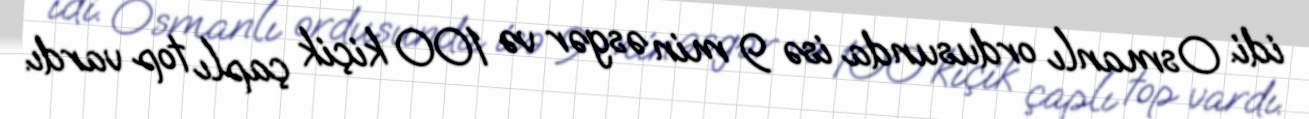
idi. Osmanlı ordusunda isə 9 min əsgər və 100 kiçik çaplı top vardı.